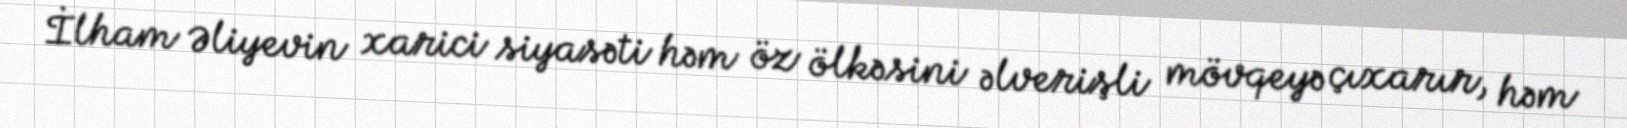
İlham Əliyevin xarici siyasəti həm öz ölkəsini əlverişli mövqeyə çıxarır, həm